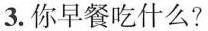
3.你早餐吃什么?